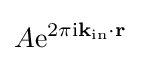
A\mathrm {e} ^{2\pi \mathrm {i} \mathbf {k} _{\mathrm {in} }\cdot \mathbf {r} }